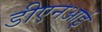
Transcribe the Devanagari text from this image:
डीएनआई